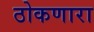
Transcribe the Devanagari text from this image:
ठोकणारा